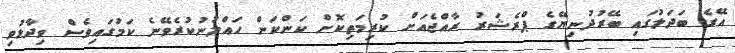
އޭގެ ބަދަލުގައި ބޭރުދުނިޔޭގެ ޕްރެޝަރު ރާއްޖެއަށް ކުރިމަތިކޮށް ކަންކަން ހައްލުނުކުރެވޭނެ ކަމުގައިވެސް ވިދާޅުވި